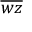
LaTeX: \overline { { w z } }